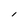
Character: l